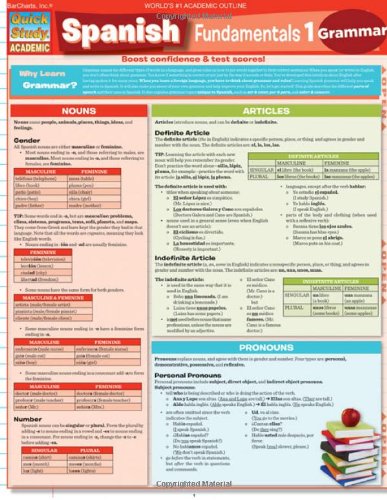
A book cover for Spanish Fundamentals 1 (Quickstudy: Academic); Inc. BarCharts; Reference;